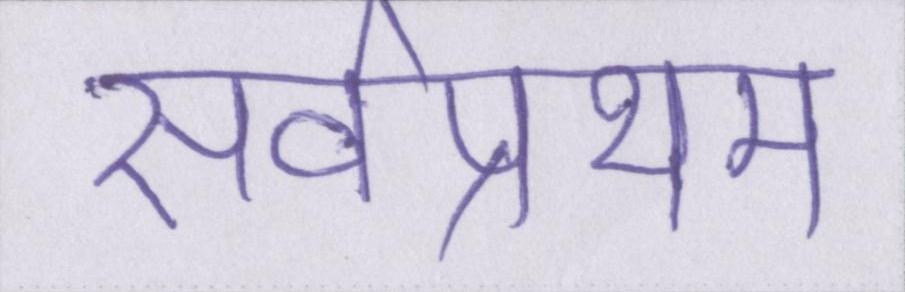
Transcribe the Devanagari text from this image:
सर्वप्रथम